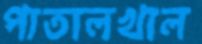
পাতালখাল